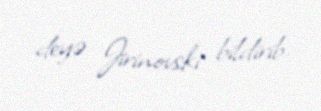
deyə Jirinovski bildirib.